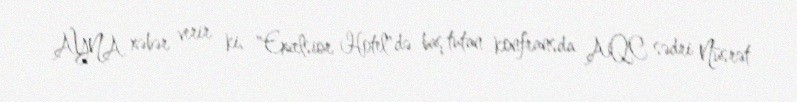
AYNA xəbər verir ki, "Excelsior Hotel"də baş tutan konfransda AQC sədri Nüsrət